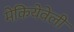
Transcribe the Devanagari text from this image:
मेकियेवेली